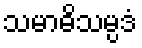
သမာဓိသမ္ပဒံ